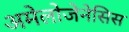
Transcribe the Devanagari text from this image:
अमेलोजेनेसिस